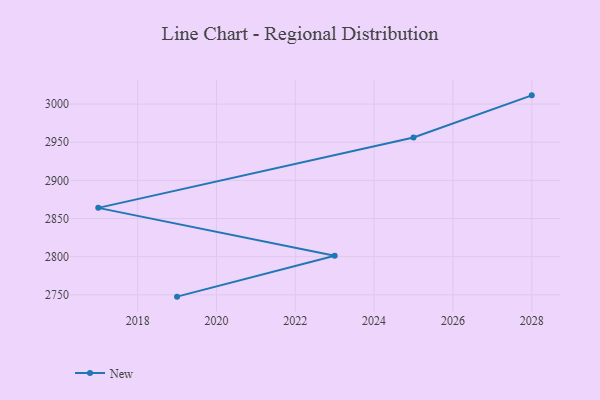
{"axis": {"x": "Year", "y": "Energy Usage (MWh)"}, "legend": ["New"], "data": [{"x": "2028", "y": 3011.5, "type": "New"}, {"x": "2025", "y": 2956.3, "type": "New"}, {"x": "2017", "y": 2864.0, "type": "New"}, {"x": "2023", "y": 2801.1, "type": "New"}, {"x": "2019", "y": 2747.6, "type": "New"}]}